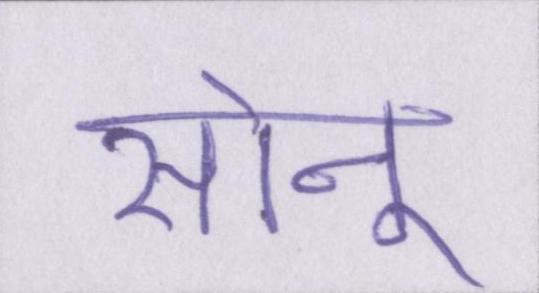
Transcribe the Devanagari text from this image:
सोनू